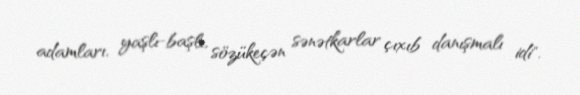
adamları, yaşlı-başlı, sözükeçən sənətkarlar çıxıb danışmalı idi".